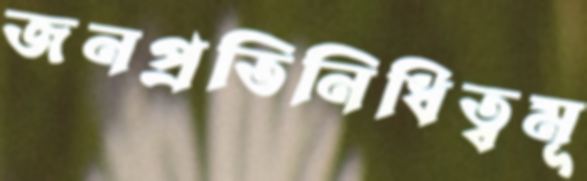
জনপ্রতিনিধিত্বমূ